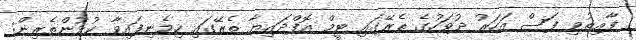
ފާއިތުވި ފަސް އަހަރު ދުވަހުގެ ތެރޭގައި ޓީމް އޮފްދައިޔާ ތެރޭގައި ހިމެނިފައިވާ ކުޅުންތެރިން: